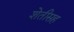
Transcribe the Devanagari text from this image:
शेतीसह